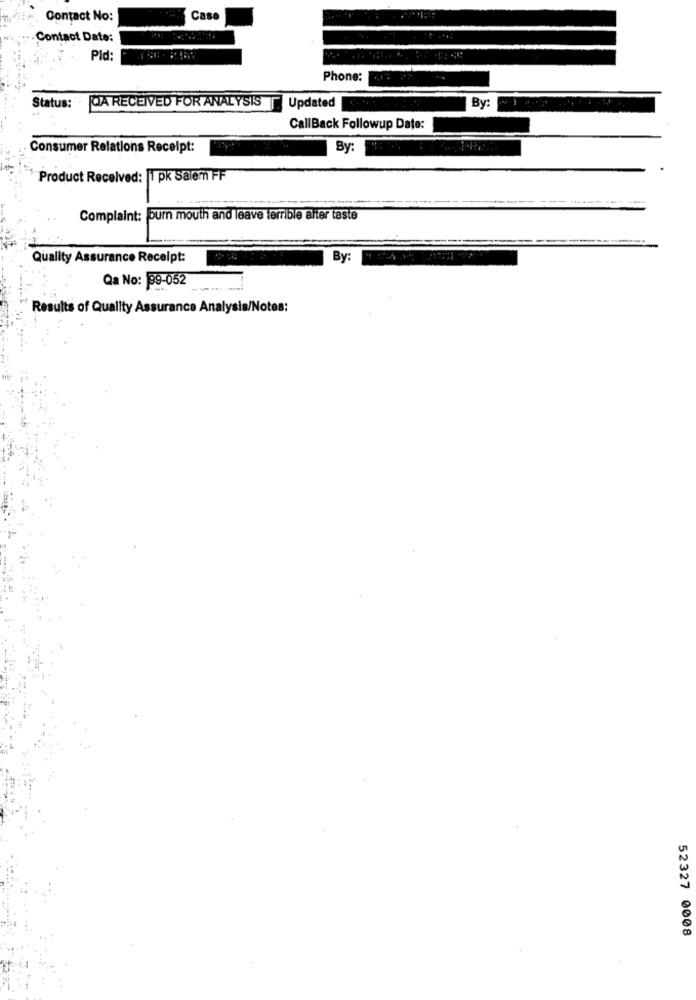
Contact No:
Case
Contact Date:
Pld:
Phone:
Status: QA RECEIVED FOR ANALYSIS
By:
Updated
CallBack Followup Date:
Consumer Relations Receipt:
By:
Product Received: 1 pk Salem FF
Complaint: burn mouth and leave terrible after taste
Quality Assurance Receipt:
By:
Qa No: 99-052
Results of Quality Assurance Analysis/Notes:
52327 0008